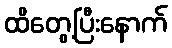
ထိတွေ့ပြီးနောက်